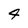
Character: 9